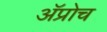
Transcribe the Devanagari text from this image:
अॅप्रोच